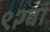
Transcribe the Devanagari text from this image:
९२वां